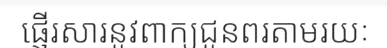
ផ្ញើរសារនូវពាក្យជូនពរតាមរយៈ